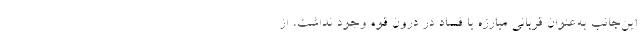
این‌جانب به‌عنوان قربانی مبارزه با فساد در درون قوه وجود نداشت، از